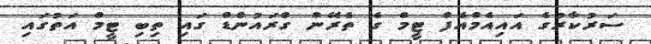
ސަރުކާރުގެ އައިއެމްއެފް ޓީމް ގެ ތެރޭން ގްރައުންޑް ގައި ތިބި ޓީމް އަތުގައި